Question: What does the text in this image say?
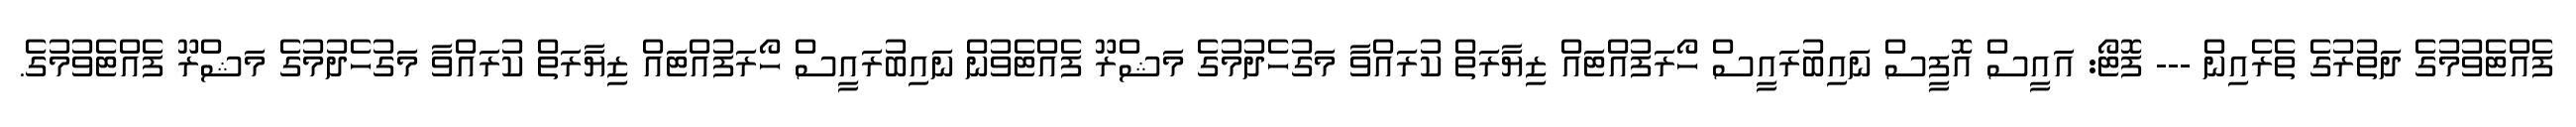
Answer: ފެއްޓެވުމުގެ ދަތުރުގެ ތެރެއިން --- ފޮޓޯ: އައީސް އޮފީސް ނައިބުރައީސް ހޯރަފުއްޓައް ޒިޔާރަތް ކުރައްވާ މަގުހެދުމުގެ މަޝްރޫ ފެއްޓެވުން ނައިބުރައީސް ހޯރަފުއްޓައް ޒިޔާރަތް ކުރައްވާ މަގުހެދުމުގެ މަޝްރޫ ފެއްޓެވުމުގެ.